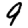
Digit: 9